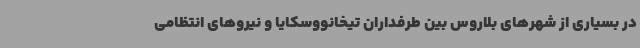
در بسیاری از شهرهای بلاروس بین طرفداران تیخانووسکایا و نیروهای انتظامی